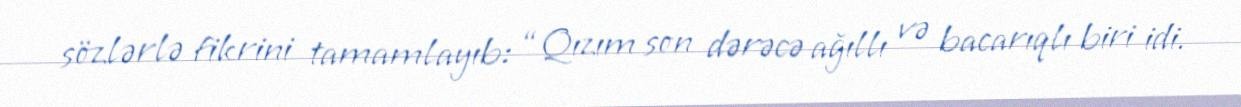
sözlərlə fikrini tamamlayıb: “Qızım son dərəcə ağıllı və bacarıqlı biri idi.